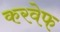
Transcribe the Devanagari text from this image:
करवेफ